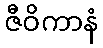
ဇီဝိကာနံ